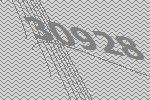
30928